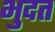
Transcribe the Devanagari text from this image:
भुदत